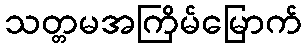
သတ္တမအကြိမ်မြောက်